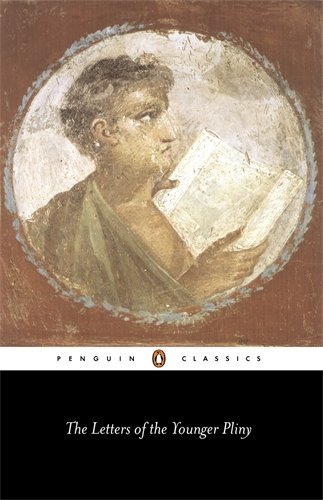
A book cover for The Letters of the Younger Pliny (Penguin Classics); Pliny the Younger; Literature & Fiction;